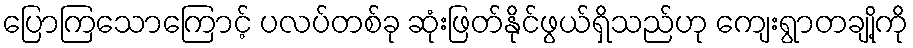
ပြောကြသောကြောင့် ပလပ်တစ်ခု ဆုံးဖြတ်နိုင်ဖွယ်ရှိသည်ဟု ကျေးရွာတချို့ကို